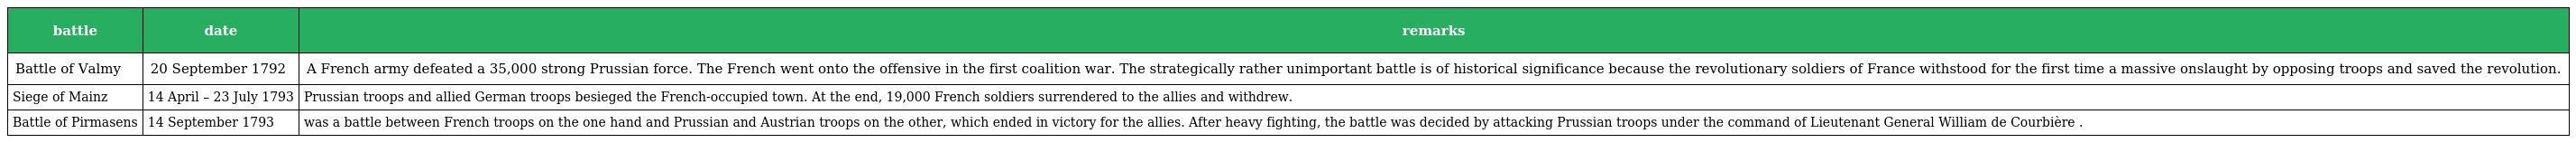
| battle | date | remarks |
 | --- | --- | --- |
 | Battle of Valmy | 20 September 1792 | A French army defeated a 35,000 strong Prussian force. The French went onto the offensive in the first coalition war. The strategically rather unimportant battle is of historical significance because the revolutionary soldiers of France withstood for the first time a massive onslaught by opposing troops and saved the revolution. |
 | Siege of Mainz | 14 April – 23 July 1793 | Prussian troops and allied German troops besieged the French-occupied town. At the end, 19,000 French soldiers surrendered to the allies and withdrew. |
 | Battle of Pirmasens | 14 September 1793 | was a battle between French troops on the one hand and Prussian and Austrian troops on the other, which ended in victory for the allies. After heavy fighting, the battle was decided by attacking Prussian troops under the command of Lieutenant General William de Courbière . |